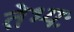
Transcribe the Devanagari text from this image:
तेभ्यः